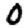
Digit: 0